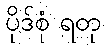
ပိုဒ်စုံ ရတု